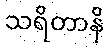
သရိတာနိ